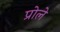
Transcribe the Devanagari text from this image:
प्रोले